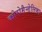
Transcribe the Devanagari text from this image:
कोरोमैन्डेलिका